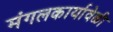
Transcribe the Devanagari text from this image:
मंगलकार्यावेळी